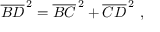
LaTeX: { \overline { { B D } } } ^ { \, 2 } = { \overline { { B C } } } ^ { \, 2 } + { \overline { { C D } } } ^ { \, 2 } \ ,